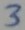
Text: 3